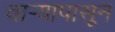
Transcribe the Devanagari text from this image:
वार्‍यापासून